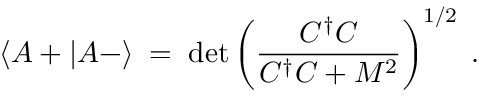
\langle A + | A - \rangle \; = \; \operatorname * { d e t } \left( \frac { C ^ { \dagger } C } { C ^ { \dagger } C + M ^ { 2 } } \right) ^ { 1 / 2 } \; .